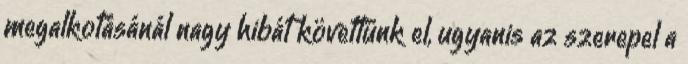
megalkotásánál nagy hibát követtünk el, ugyanis az szerepel a